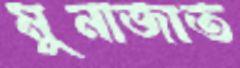
মুনাজাত